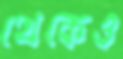
থেকেও